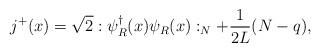
LaTeX: \begin{align*}j^+(x)=\sqrt{2}:\psi^\dagger_R(x)\psi_R(x):_N+{1\over2L}(N-{q}),\end{align*}